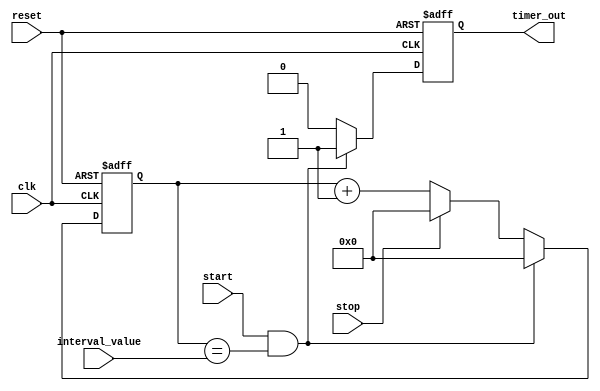
module IntervalTimer (
    input wire clk,
    input wire reset,
    input wire start,
    input wire stop,
    input wire [15:0] interval_value,
    output reg timer_out
);

reg [15:0] counter;

always @(posedge clk or posedge reset) begin
    if (reset) begin
        counter <= 0;
        timer_out <= 0;
    end else begin
        if (start && counter == interval_value) begin
            counter <= 0;
            timer_out <= 1;
        end else if (stop) begin
            counter <= 0;
            timer_out <= 0;
        end else begin
            counter <= counter + 1;
            timer_out <= 0;
        end
    end
end

endmodule